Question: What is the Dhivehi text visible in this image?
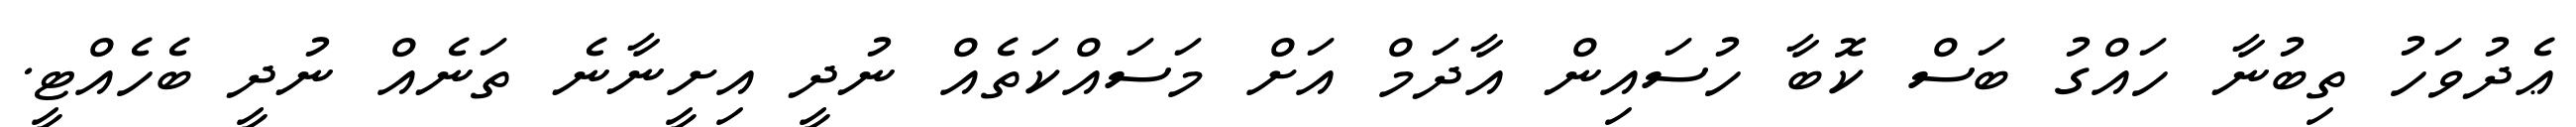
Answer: ޢެދުވަހު ތިބުނާ ހައްގު ބަސް ކޮބާ ހުސައިން އާދަމް އަށް މަސައްކަތެއް ނުދީ އިށީނާނެ ތަނެއް ނުދީ ބެހެއްޓީ.